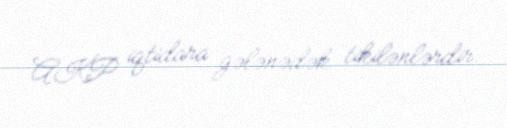
AKP iqtidara gələnədək tikilənlərdir.